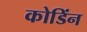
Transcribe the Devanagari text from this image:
कोडिंन